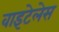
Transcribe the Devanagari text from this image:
वाइटेलेस